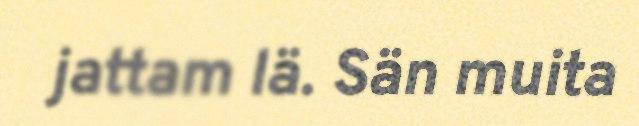
jattam lä. Sän muita